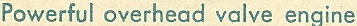
Powerful overhead valve engine